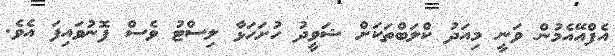
އެފްއޭއެމުން ވަނީ މިއަދު ކްލަބްތަކަށް ޝަވީދު ހުށަހަޅާ ލިސްޓު ވެސް ފޮނުވައިފަ އެވެ.